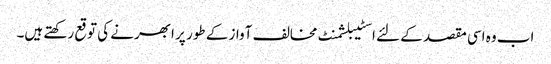
اب وہ اسی مقصد کے لئے اسٹیبلشمنٹ مخالف آواز کے طور پر ابھرنے کی توقع رکھتے ہیں۔